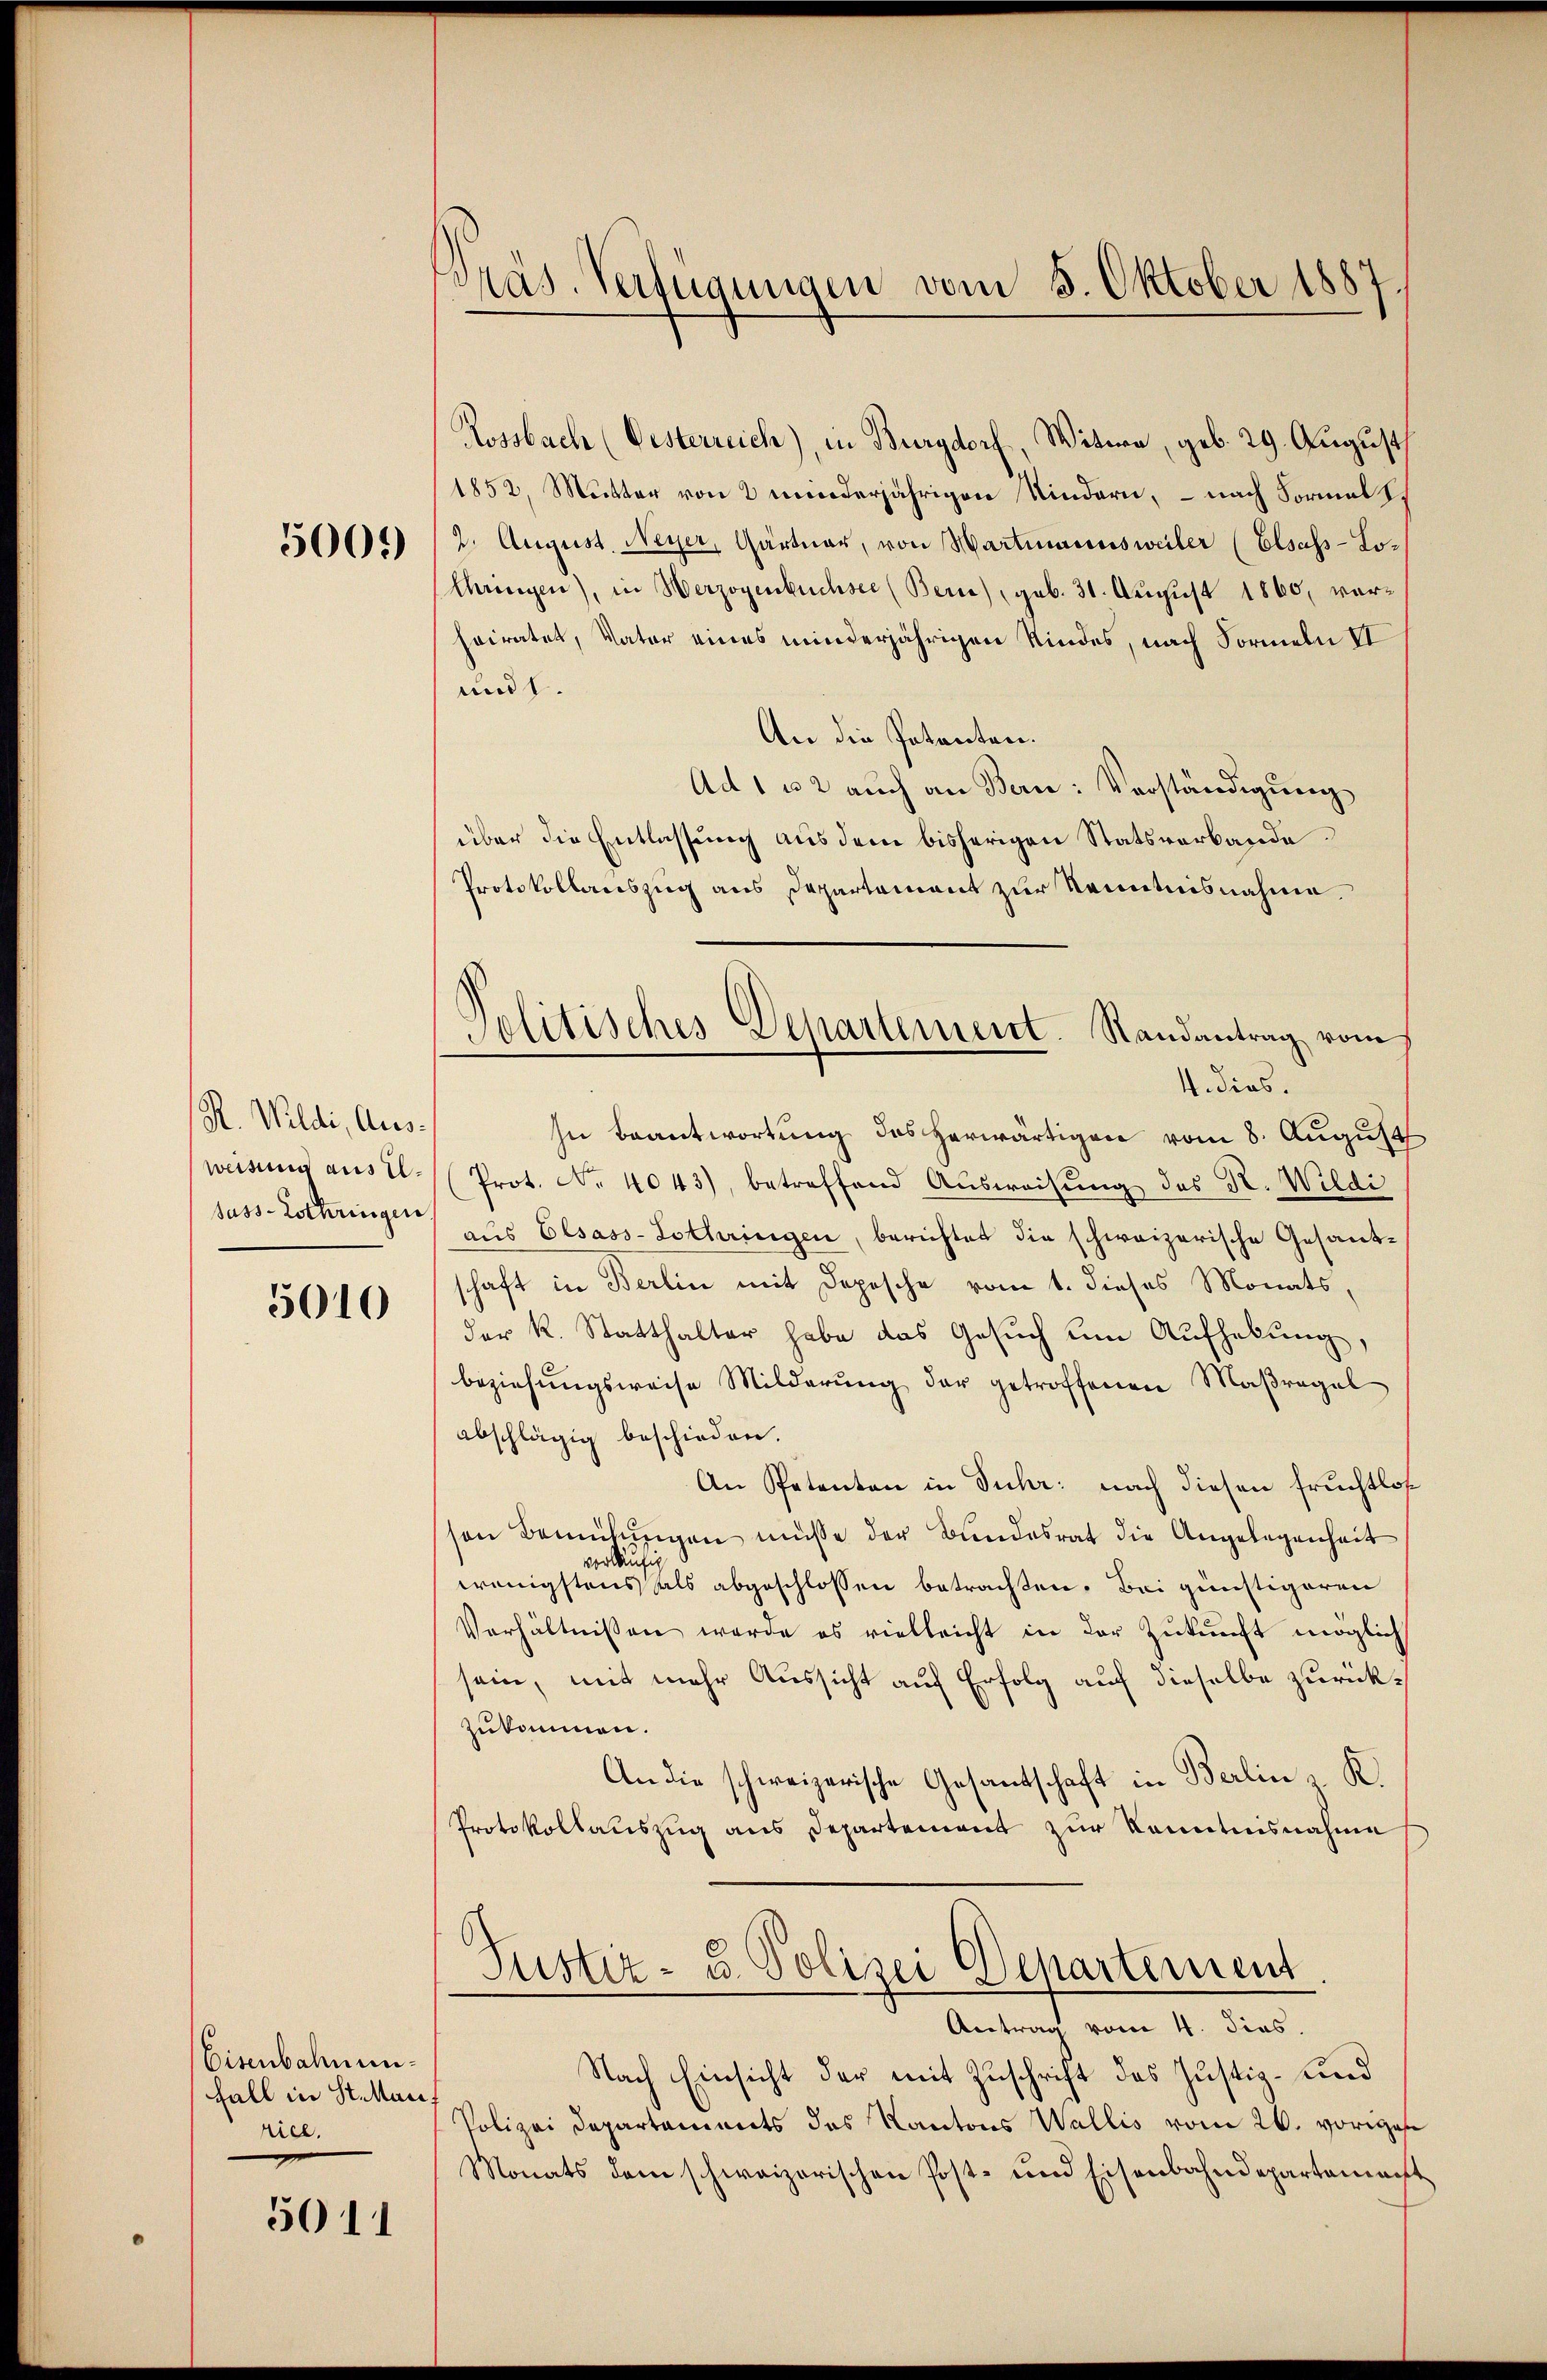
5000

R. Wildi, Ausweisung aus El¬

5010

Eisenbahnun¬
Fall in Stellen.
ricl.

5011

Präs. Verfügungen vom 5. Oktober 1887.

Rossbach (Oesterreich), in Burgdorf, Witwe, geb. 29. August
1852, Mutter von 2 derjährigen Kindern, – nach Formals
2. August. Neyer, Gärtner, von Hartmannsweiler (Elsass-Lo¬
Chringen), in Herzogenbüchsee (Bern), geb. 31. August 1860, verheiratet, Vater eines minderjährigen Kindes, nach Formeln II
und 1.
An die Patenten.
Ad 1 u 2 auch an Bern: Verständigung
über die Entlassung aus dem bisherigen Statsverbande
Protokollauszug aus Departement zur Kenntnisnahme.
V dies.
In Beantwortung des herwärtigen vom 8. August
Prot. No. 4043), betreffend Ausweisung des R. Wildi
jass-Lothringen aus Elsass-Lothringen, berichtet die schweizerische Gesandschaft in Berlin mit Depesche vom 1. dieses Monats,
der k. Statthalter habe das Gesuch um Aufhebung,
beziehŭngsweise Milderŭng der getroffenen Maßregel
abschlägig beschieden.
An Petenten in Fuhr: nach diesen fruchtlos
sen Bemühungen müsse der Bundesrat die Angelegenheit
vorläufig
wenigstens als abgeschlossen betrachten. Bei günstigeren
Verhältnissen werde es vielleicht in der Zukunft möglich
sein, mit mehr Aussicht auf Erfolg auf dieselbe zurückzukommen.
An die schweizerische Gesantschaft in Berlin K.
Protokollauszug aus Departement zur Kenntnisnahme
Justiz- u. Polizei Departement
Antrag vom 4. dies.
Nach Einsicht der mit Zuschrift des Justiz- und
Polizei Departements des Kantons Wallis vom 26. voriges
Monats dem schweizerischen Post- und Eisenbahndepartement

Politisches Departement. Randantrag vom